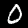
Label: 0